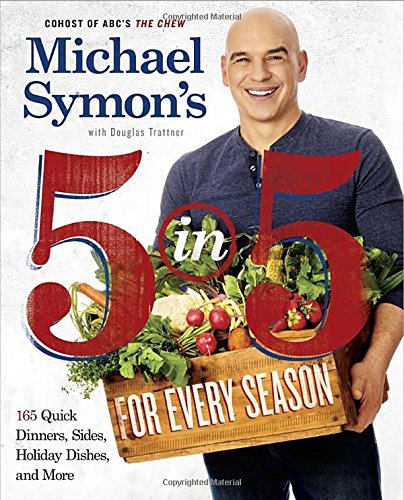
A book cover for Michael Symon's 5 in 5 for Every Season: 165 Quick Dinners, Sides, Holiday Dishes, and More; Michael Symon; Cookbooks, Food & Wine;